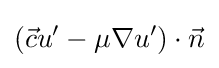
\left({\vec {c}}u'-\mu \nabla u'\right)\cdot {\vec {n}}